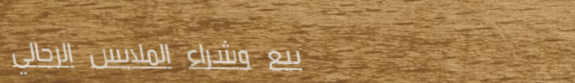
بيع وشراء الملابس الرجالي